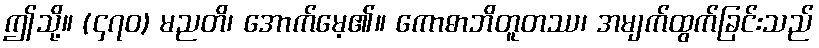
ဤသို့။ (၄၇၀) မညတိ၊ အောက်မေ့၏။ ကောဓာဘိတူတဿ၊ အမျက်ထွက်ခြင်းသည်